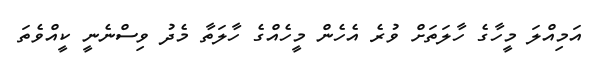
އަމިއްލަ މީހާގެ ހާލަތަށް ވުރެ އެހެން މީހެއްގެ ހާލަތާ މެދު ވިސްނެނީ ކީއްވެތަ